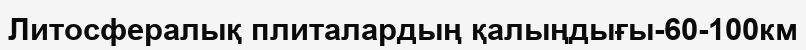
Литосфералық плиталардың қалыңдығы-60-100км